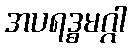
အပရဒ္ဓမဂ္ဂါ